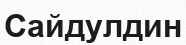
Сайдулдин